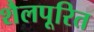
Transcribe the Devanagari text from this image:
शैलपूरित